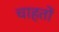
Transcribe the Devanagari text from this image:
चाहतों